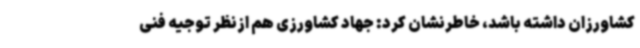
کشاورزان داشته باشد، خاطرنشان کرد: جهاد کشاورزی هم ازنظر توجیه فنی